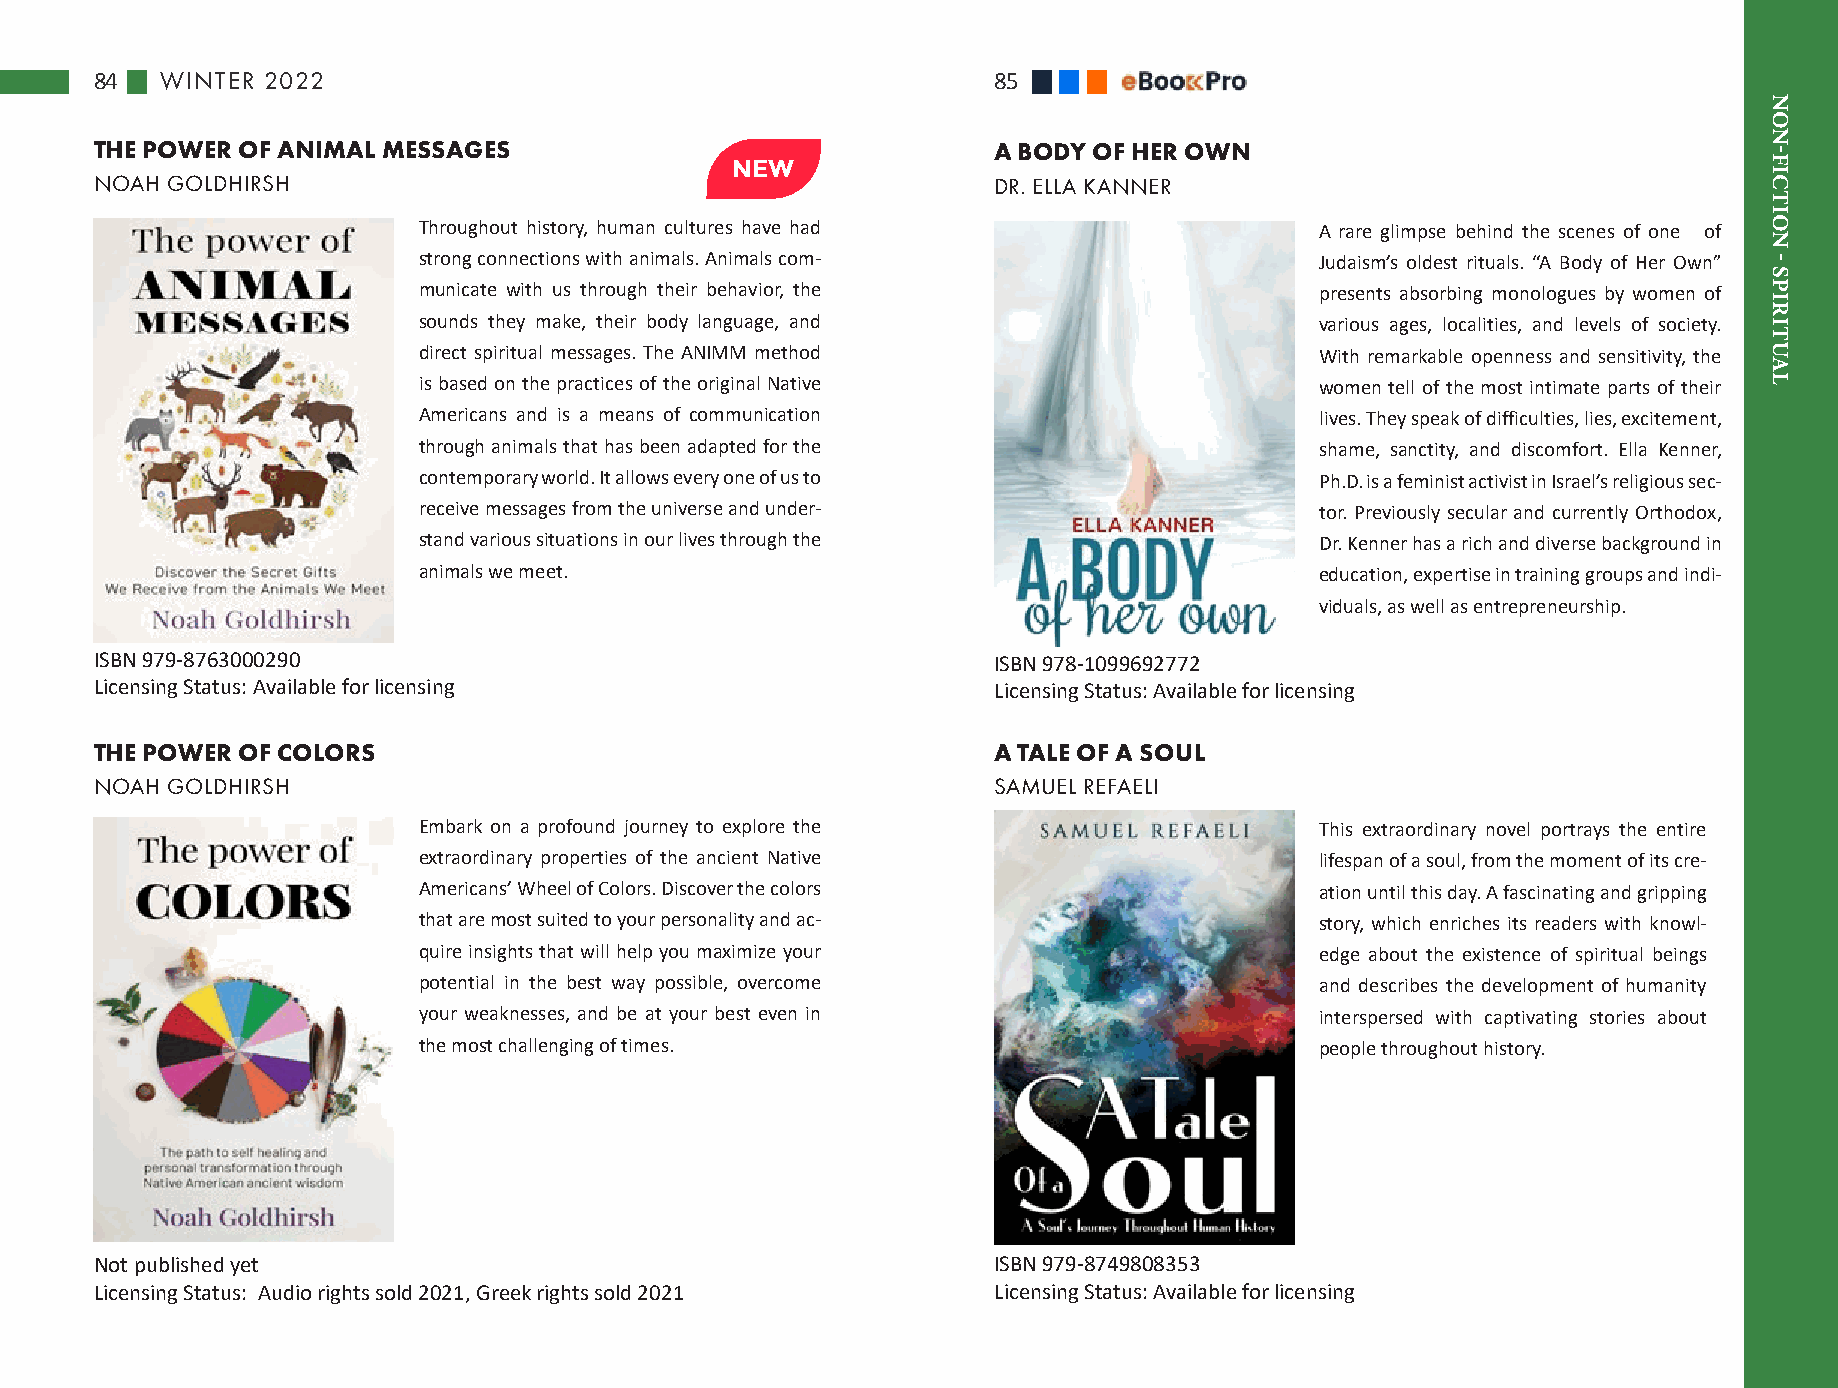
84   WINTER 2022                                            85
 THE POWER OF ANIMAL MESSAGES                                A BODY OF HER OWN
 NOAH GOLDHIRSH                                              DR. ELLA KANNER
 Throughout history, human cultures have had                A rare glimpse behind the scenes of one of
 strong connections with animals. Animals com-              Judaism’s oldest rituals. “A Body of Her Own”
 municate with us through their behavior, the               presents absorbing monologues by women of
 sounds they make, their body language, and                 various ages, localities, and levels of society.
 direct spiritual messages. The ANIMM method                With remarkable openness and sensitivity, the
 is based on the practices of the original Native           women tell of the most intimate parts of their
 Americans and is a means of communication                  lives. They speak of difficulties, lies, excitement,
 through animals that has been adapted for the              shame, sanctity, and discomfort. Ella Kenner,
 contemporary world. It allows every one of us to           Ph.D. is a feminist activist in Israel’s religious sec-
 receive messages from the universe and under-              tor. Previously secular and currently Orthodox,
 stand various situations in our lives through the          Dr. Kenner has a rich and diverse background in
 animals we meet.                                           education, expertise in training groups and indi-
 viduals, as well as entrepreneurship.
 ISBN 979-8763000290                                         ISBN 978-1099692772
 Licensing Status: Available for licensing                   Licensing Status: Available for licensing
 THE POWER OF COLORS                                         A TALE OF A SOUL
 NOAH GOLDHIRSH                                              SAMUEL REFAELI
 Embark on a profound journey to explore the                This extraordinary novel portrays the entire
 extraordinary properties of the ancient Native             lifespan of a soul, from the moment of its cre-
 Americans’ Wheel of Colors. Discover the colors            ation until this day. A fascinating and gripping
 that are most suited to your personality and ac-           story, which enriches its readers with knowl-
 quire insights that will help you maximize your            edge about the existence of spiritual beings
 potential in the best way possible, overcome               and describes the development of humanity
 your weaknesses, and be at your best even in               interspersed with captivating stories about
 the most challenging of times.                             people throughout history.
 Not published yet                                           ISBN 979-8749808353
 Licensing Status: Audio rights sold 2021, Greek rights sold 2021 Licensing Status: Available for licensing
 NON-FICTION
 -
 SPIRITUAL